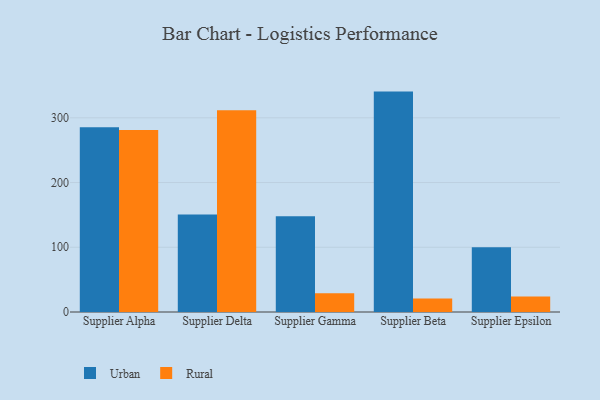
{"axis": {"x": "Supplier", "y": "Temperature (°C)"}, "legend": ["Rural", "Urban"], "data": [{"x": "Supplier Alpha", "y": 285.3, "type": "Urban"}, {"x": "Supplier Alpha", "y": 281.2, "type": "Rural"}, {"x": "Supplier Delta", "y": 150.8, "type": "Urban"}, {"x": "Supplier Delta", "y": 311.6, "type": "Rural"}, {"x": "Supplier Gamma", "y": 147.8, "type": "Urban"}, {"x": "Supplier Gamma", "y": 28.8, "type": "Rural"}, {"x": "Supplier Beta", "y": 340.5, "type": "Urban"}, {"x": "Supplier Beta", "y": 20.8, "type": "Rural"}, {"x": "Supplier Epsilon", "y": 100.2, "type": "Urban"}, {"x": "Supplier Epsilon", "y": 24.1, "type": "Rural"}]}